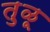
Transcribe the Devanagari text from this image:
तु़ळू